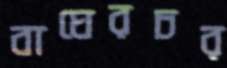
বাঘেরচর